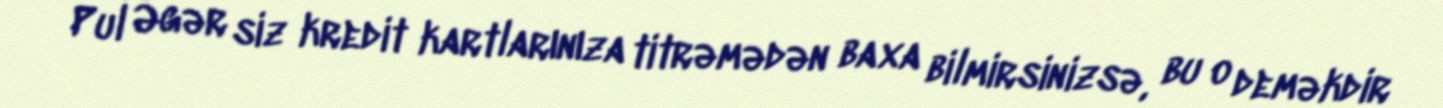
Pul Əgər siz kredit kartlarınıza titrəmədən baxa bilmirsinizsə, bu o deməkdir